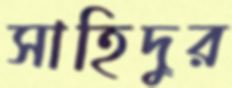
সাহিদুর